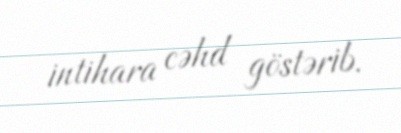
intihara cəhd göstərib.